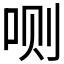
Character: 𰇘